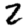
Digit: 2